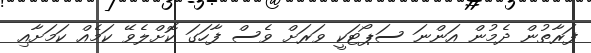
ފަރާތުން ދެމުން އަންނަ ސަޕޯޓަކީ ވަރަށް ވެސް ފާހަގަ ކޮށްލެވޭ ކަމެއް ކަމަށާއި